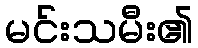
မင်းသမီး၏